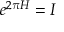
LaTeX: e ^ { 2 \pi H } = I